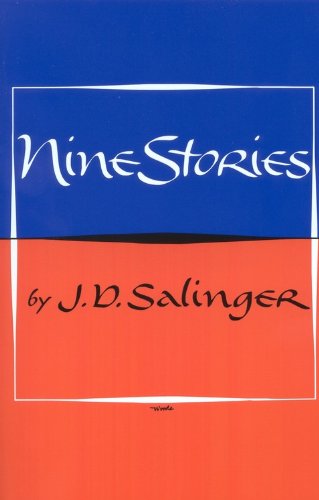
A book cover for Nine Stories; J. D. Salinger; Literature & Fiction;